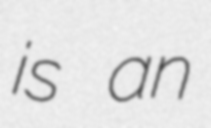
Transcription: is an